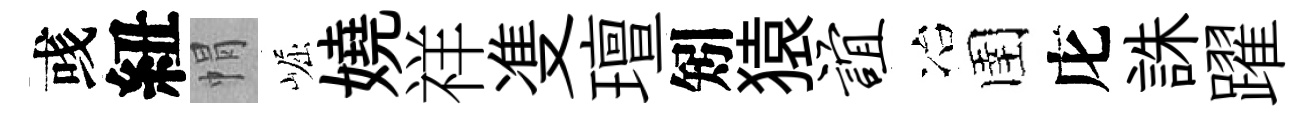
彧紐㡌崛嬈祥㕠璮矧猿谊冶圉庀誅躍